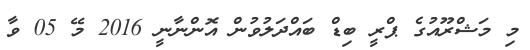
މި މަޝްރޫއުގެ ޕްރީ ބިޑް ބައްދަލުވުން އޮންނާނީ 2016 މޭ 05 ވާ